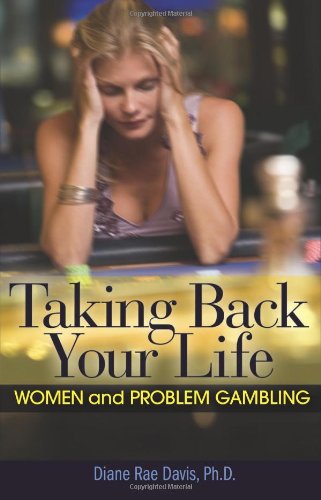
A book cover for Taking Back Your Life: Women and Problem Gambling; Diane Rae Davis Ph.D.; Humor & Entertainment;